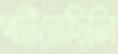
পটিতেছিলি